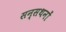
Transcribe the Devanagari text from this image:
सन्सथनों